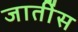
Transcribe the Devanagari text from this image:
जातींस